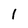
Character: 1